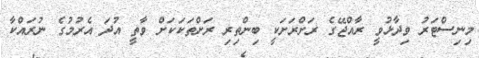
މިނިސްޓަރު ވިދާޅުވީ ރާއްޖޭގެ ރަށްރަށަކީ ބިންތިރި ރަށްތަކަކަށް ވާތީ އުދަ އެރުމުގެ ނުރައްކާ